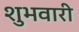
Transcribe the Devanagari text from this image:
शुभवारी